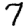
Digit: 7